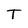
Character: T